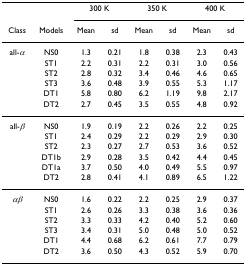
<table><thead><tr><td></td><td></td><td colspan="2"><b>300 K</b></td><td colspan="2"><b>350 K</b></td><td colspan="2"><b>400 K</b></td></tr><tr><td><b>Class</b></td><td><b>Models</b></td><td><b>Mean</b></td><td><b>sd</b></td><td><b>Mean</b></td><td><b>sd</b></td><td><b>Mean</b></td><td><b>sd</b></td></tr></thead><tbody><tr><td>all-<i>α</i></td><td>NS0</td><td>1.3</td><td>0.21</td><td>1.8</td><td>0.38</td><td>2.3</td><td>0.43</td></tr><tr><td></td><td>ST1</td><td>2.2</td><td>0.31</td><td>2.2</td><td>0.31</td><td>3.0</td><td>0.56</td></tr><tr><td></td><td>ST2</td><td>2.8</td><td>0.32</td><td>3.4</td><td>0.46</td><td>4.6</td><td>0.65</td></tr><tr><td></td><td>ST3</td><td>3.6</td><td>0.48</td><td>3.9</td><td>0.55</td><td>5.3</td><td>1.17</td></tr><tr><td></td><td>DT1</td><td>5.8</td><td>0.80</td><td>6.2</td><td>1.19</td><td>9.8</td><td>2.17</td></tr><tr><td></td><td>DT2</td><td>2.7</td><td>0.45</td><td>3.5</td><td>0.55</td><td>4.8</td><td>0.92</td></tr><tr><td>all-<i>β</i></td><td>NS0</td><td>1.9</td><td>0.19</td><td>2.2</td><td>0.26</td><td>2.2</td><td>0.25</td></tr><tr><td></td><td>ST1</td><td>2.4</td><td>0.29</td><td>2.2</td><td>0.29</td><td>2.9</td><td>0.30</td></tr><tr><td></td><td>ST2</td><td>2.3</td><td>0.27</td><td>2.7</td><td>0.53</td><td>3.6</td><td>0.52</td></tr><tr><td></td><td>DT1b</td><td>2.9</td><td>0.28</td><td>3.5</td><td>0.42</td><td>4.4</td><td>0.45</td></tr><tr><td></td><td>DT1a</td><td>3.7</td><td>0.50</td><td>4.0</td><td>0.49</td><td>5.5</td><td>0.97</td></tr><tr><td></td><td>DT2</td><td>2.8</td><td>0.41</td><td>4.1</td><td>0.89</td><td>6.5</td><td>1.22</td></tr><tr><td><i>αβ</i></td><td>NS0</td><td>1.6</td><td>0.22</td><td>2.2</td><td>0.25</td><td>2.9</td><td>0.37</td></tr><tr><td></td><td>ST1</td><td>2.6</td><td>0.26</td><td>3.3</td><td>0.38</td><td>3.6</td><td>0.36</td></tr><tr><td></td><td>ST2</td><td>3.3</td><td>0.33</td><td>4.2</td><td>0.40</td><td>5.2</td><td>0.60</td></tr><tr><td></td><td>ST3</td><td>3.4</td><td>0.31</td><td>5.0</td><td>0.48</td><td>5.0</td><td>0.52</td></tr><tr><td></td><td>DT1</td><td>4.4</td><td>0.68</td><td>6.2</td><td>0.61</td><td>7.7</td><td>0.79</td></tr><tr><td></td><td>DT2</td><td>3.6</td><td>0.50</td><td>4.3</td><td>0.52</td><td>5.9</td><td>0.70</td></tr></tbody></table>